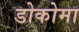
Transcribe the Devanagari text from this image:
डोकोमा